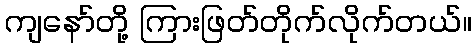
ကျနော်တို့ ကြားဖြတ်တိုက်လိုက်တယ်။